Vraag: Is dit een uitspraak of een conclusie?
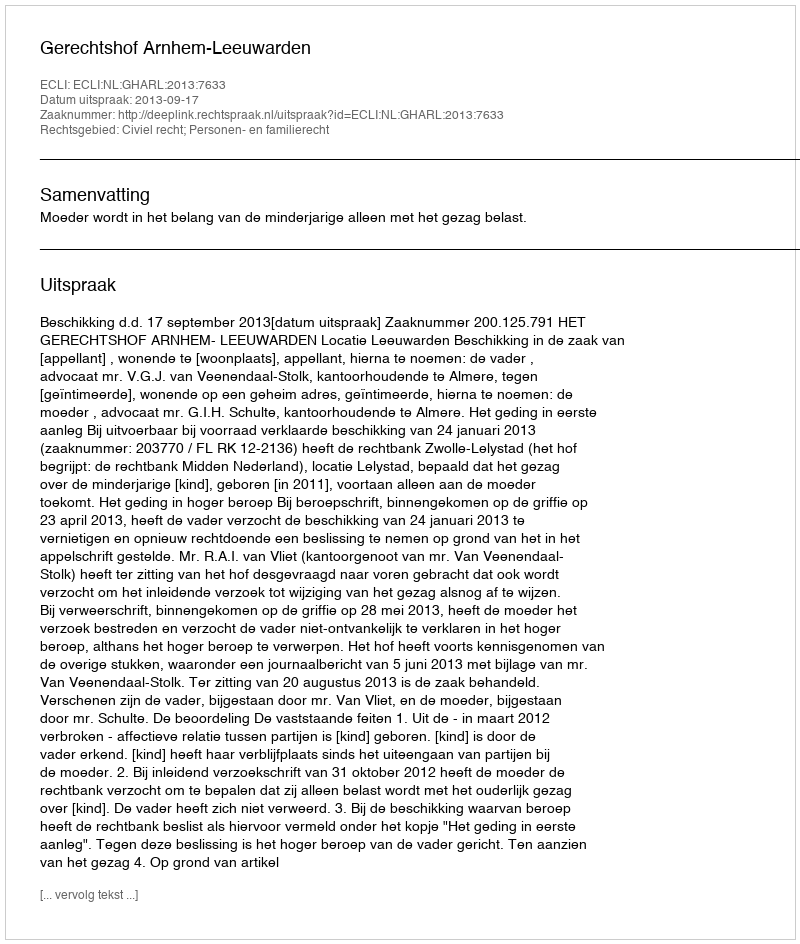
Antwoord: Uitspraak